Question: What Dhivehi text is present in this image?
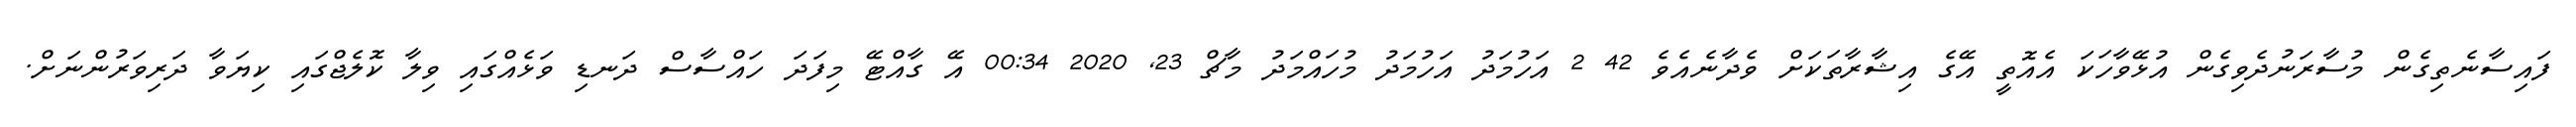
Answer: ފައިސާނެތިގެން މުސާރަނުދެވިގެން އުޅޭވާހަކަ އެއޮތީ އޭގެ އިޝާރާތަކަށް ވެދާނެއެވެ 42 2 އަހުމަދު އަހުމަދު މުހައްމަދު މާޗް 23, 2020 00:34 އޭ ގާއްޓޭ މިފަދަ ހައްސާސް ދަނޑި ވަޅެއްގައި ވިލާ ކޮލެޖްގައި ކިޔަވާ ދަރިވަރުންނަށް.